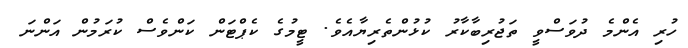
ހުރި އެންމެ ދުވަސްވީ ތަޖުރިބާކާރު ކުޅުންތެރިޔާއެވެ. ޓީމުގެ ކެޕްޓަން ކަންވެސް ކުރަމުން އަންނަ